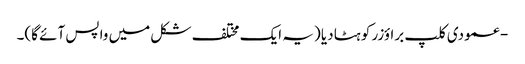
- عمودی کلپ براؤزر کو ہٹا دیا (یہ ایک مختلف شکل میں واپس آئے گا)۔